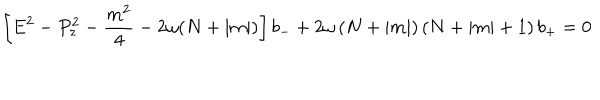
\left[ E ^ { 2 } - P _ { z } ^ { 2 } - \frac { m ^ { 2 } } { 4 } - 2 \omega ( N + \left| m \right| ) \right] b _ { - } + 2 \omega \left( N + \left| m \right| \right) \left( N + \left| m \right| + 1 \right) b _ { + } = 0